Indian journal of veterinary science and animal husbandry - Volume 4,
Year: 1934
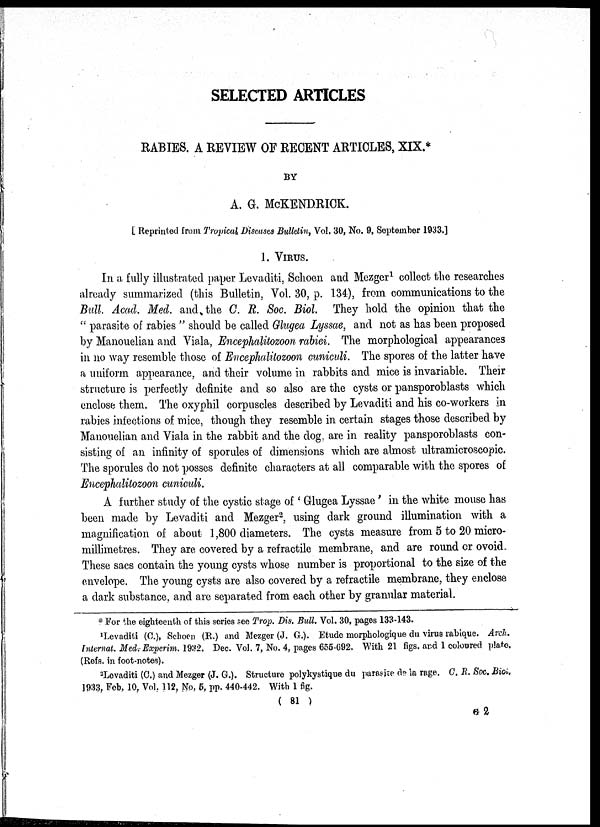
SELECTED ARTICLES
RABIES. A REVIEW OF RECENT ARTICLES, XIX..
BY
A. G. McKENDRICK.
[ Reprinted from Tropical. Discuses Bulletin, Vol. 30, No. 9, September 1933.]
1. VIRUS.
In a fully illustrated paper Levaditi, Schoen and Mezger 1 collect the researches
already summarized (this Bulletin, Vol. 30, p. 134), from communications to the
Bull. Acad. Med. and the C. R. Soc. Biol. They hold the opinion that the
" parasite of rabies " should be called Glugea Lyssae, and not as has been proposed
by Manouelian and Viala, Encephalitozoon rabiei. The morphological appearances
in no way resemble those of Encephalitozoon cuniculi. The spores of the latter have
a uniform appearance, and their volume in rabbits and mice is invariable. Their
structure is perfectly definite and so also are the cysts or pansporoblasts which
enclose them. The oxyphil corpuscles described by Levaditi and his co-workers in
rabies infections of mice, though they resemble in certain stages those described by
Manouelian and Viala in the rabbit and the dog, are in reality pansporoblasts con-
sisting of an infinity of sporules of dimensions which are almost ultramicroscopic.
The sporules do not posses definite characters at all comparable with the spores of
Encephalitozoon cuniculi.
A further study of the cystic stage of ' Glugea Lyssae' in the white mouse has
been made by Levaditi and Mezger 2 , using dark ground illumination with a
magnification of about 1,800 diameters. The cysts measure from 5 to 20 micro-
millimetres. They are covered by a refractile membrane, and are round or ovoid
These sacs contain the young cysts whose number is proportional to the size of the
envelope. The young cysts are also covered by a refractile membrane, they enclose
a dark substance, and are separated from each other by granular material.
. For the eighteenth of this series see Trop. Dis. Bull. Vol. 30, pages 133-143.
1 Levaditi (C.), Schoen (R.) and Mezger (J. G.). Etude morphologique du virus rabique. Arch.
Internat. Med. Experim. 1932. Dec. Vol. 7, No. 4, pages 655-692. With 21 figs. and 1 coloured plate.
(Refs. in foot-notes).
2
Lovaditi (C.) and Mezger (J. G.). Structure polykystique du parasiæ de la rage. C. R. Soc. Biol,
1933, Feb. 10, Vol. 112, No. 5, pp. 440-442. With 1 fig.
( 81 )
G 2